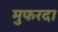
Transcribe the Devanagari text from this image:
मुफरदा